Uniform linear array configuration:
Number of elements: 12
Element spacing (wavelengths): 0.75
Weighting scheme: hamming
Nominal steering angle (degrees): -60
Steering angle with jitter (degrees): -61.875
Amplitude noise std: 0.05
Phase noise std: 0.05

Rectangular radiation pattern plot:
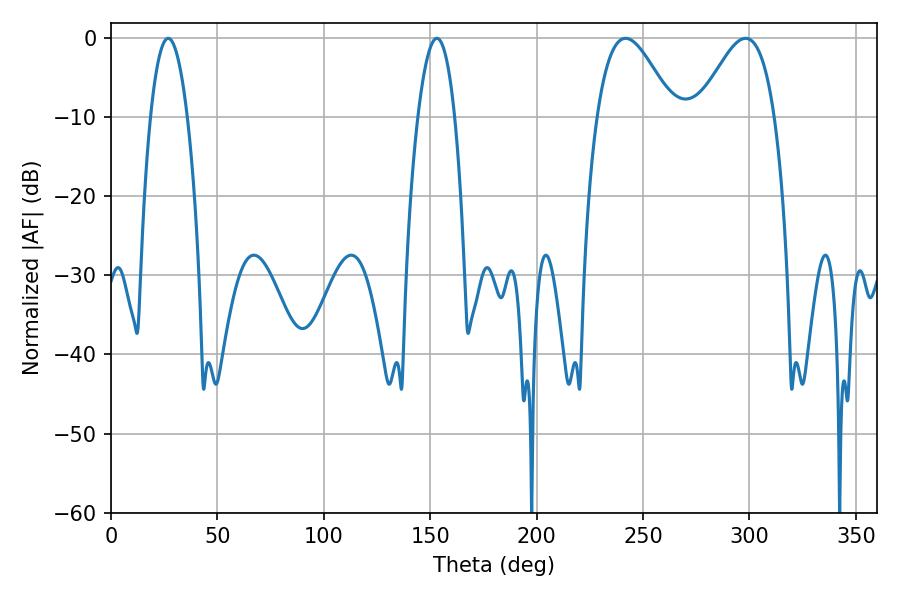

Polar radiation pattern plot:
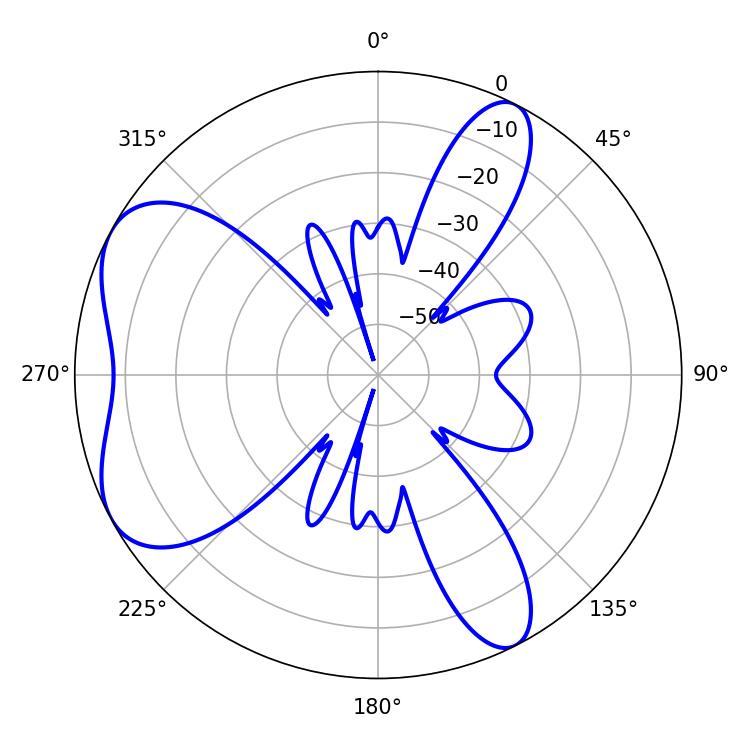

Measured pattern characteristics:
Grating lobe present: TRUE
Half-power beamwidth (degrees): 19.26
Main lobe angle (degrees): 241.74